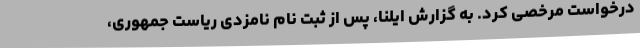
درخواست مرخصی کرد. به گزارش ایلنا، پس از ثبت نام نامزدی ریاست جمهوری،